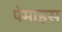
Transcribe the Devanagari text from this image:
पेमाइस